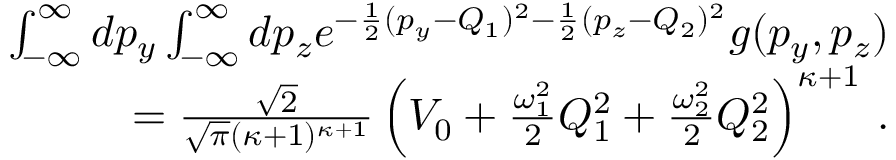
\begin{array} { r } { \int _ { - \infty } ^ { \infty } d p _ { y } \int _ { - \infty } ^ { \infty } d p _ { z } e ^ { - \frac { 1 } { 2 } ( p _ { y } - Q _ { 1 } ) ^ { 2 } - \frac { 1 } { 2 } ( p _ { z } - Q _ { 2 } ) ^ { 2 } } g ( p _ { y } , p _ { z } ) } \\ { = \frac { \sqrt { 2 } } { \sqrt { \pi } ( \kappa + 1 ) ^ { \kappa + 1 } } \left( V _ { 0 } + \frac { \omega _ { 1 } ^ { 2 } } { 2 } Q _ { 1 } ^ { 2 } + \frac { \omega _ { 2 } ^ { 2 } } { 2 } Q _ { 2 } ^ { 2 } \right) ^ { \kappa + 1 } \, . } \end{array}